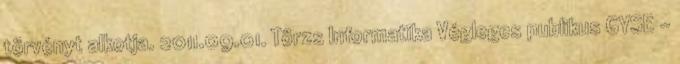
törvényt alkotja. 2011.09.01. Törzs Informatika Végleges publikus GYSE -